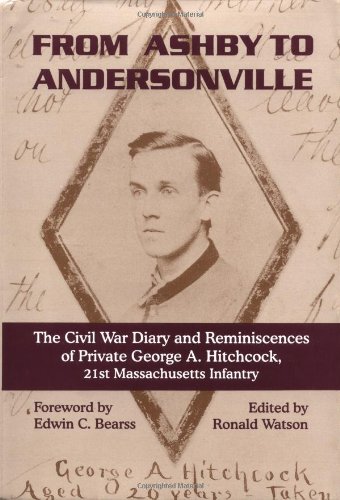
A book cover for From Ashby To Andersonville: The Civil War Diary And Reminiscences Of Private George A. Hitchcock, 21st Massachusetts Infantry; Ronald Watson; History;